Report of the Municipal Commissioner on the plague in Bombay for the year ending 31st May... - Volume 3
Disease focus: Plague
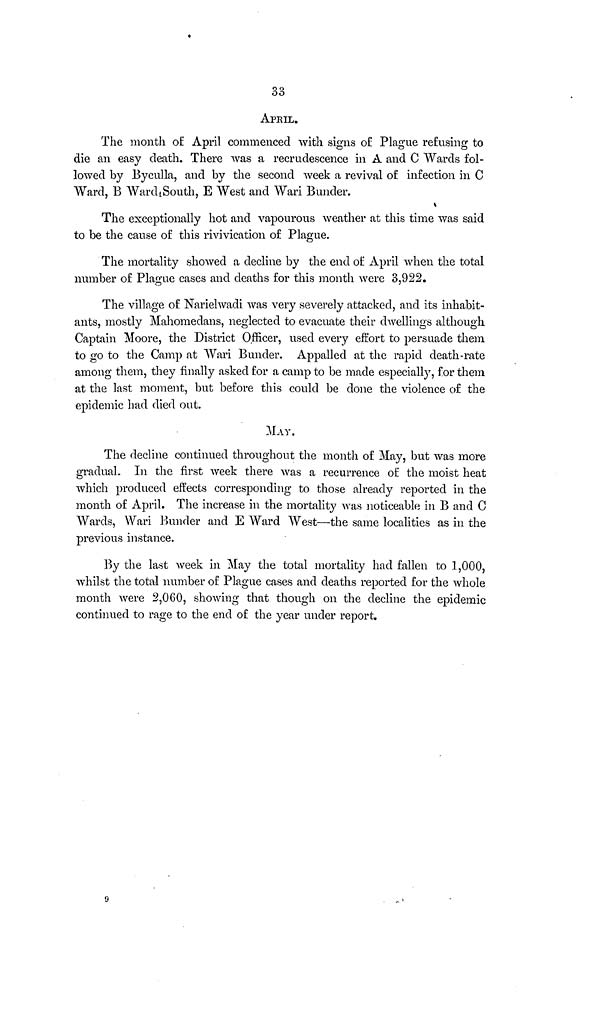
33
APRIL.
The month of: April commenced with signs of Plague refusing to
die an easy death. There was a recrudescence in A and C Wards fol-
lowed by Byculla, and by the second week a revival of infection in C
Ward, B Ward South, E West and Wari Bunder.
The exceptionally hot and vapourous weather at this time was said
to be the cause of this rivivication of Plague.
The mortality showed a decline by the end of April when the total
number of Plague cases and deaths for this month were 3,922.
The village of Narielwadi was very severely attacked, and its inhabit-
ants, mostly Mahomedans, neglected to evacuate their dwellings although.
Captain Moore, the District Officer, used every effort to persuade them
to go to the Camp at Wari Bunder. Appalled at the rapid death-rate
among them, they finally asked for a camp to be made especially, for them
at the last moment, but before this could be done the violence of the
epidemic had died out.
MAY.
The decline continued throughout the month of May, but was more
gradual. In the first week there was a recurrence of the moist heat
which produced effects corresponding to those already reported in the
month of April. The increase in the mortality was noticeable in B and C
Wards, Wari Bunder and E Ward West—the same localities as in the
previous instance.
By the last week in May the total mortality had fallen to 1,000,
whilst the total number of Plague cases and deaths reported for the whole
month were 2,060, showing that though on the decline the epidemic
continued to rage to the end of the year under report.